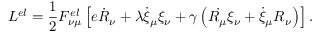
{ \cal L } ^ { e l } = \frac 1 2 F _ { \nu \mu } ^ { e l } \left[ e \dot { R } _ { \nu } + \lambda \dot { \xi } _ { \mu } \xi _ { \nu } + \gamma \left( \dot { R _ { \mu } } \xi _ { \nu } + \dot { \xi } _ { \mu } R _ { \nu } \right) \right] .